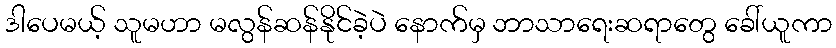
ဒါပေမယ့် သူမဟာ မလွန်ဆန်နိုင်ခဲ့ပဲ နောက်မှ ဘာသာရေးဆရာတွေ ခေါ်ယူကာ